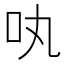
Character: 𠮬